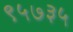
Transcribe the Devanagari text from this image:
९५७३५